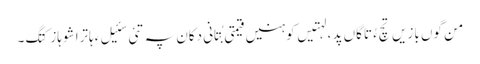
من گوں بازیں تچءُ تاگاں پد ، لہتیں کوہنیں قیمتی بُتانی دکان پہ تئی سئیل ءِ ہاترا شوہاز کتگ۔